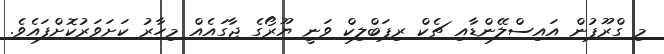
މި ގްރޫޕުން އައިސްލޭންޑާއި ޗެކް ރިޕަބްލިކް ވަނީ ޔޫރޯގެ ޖާގައެއް މިހާރު ކަށަވަރުކޮށްފައެވެ.